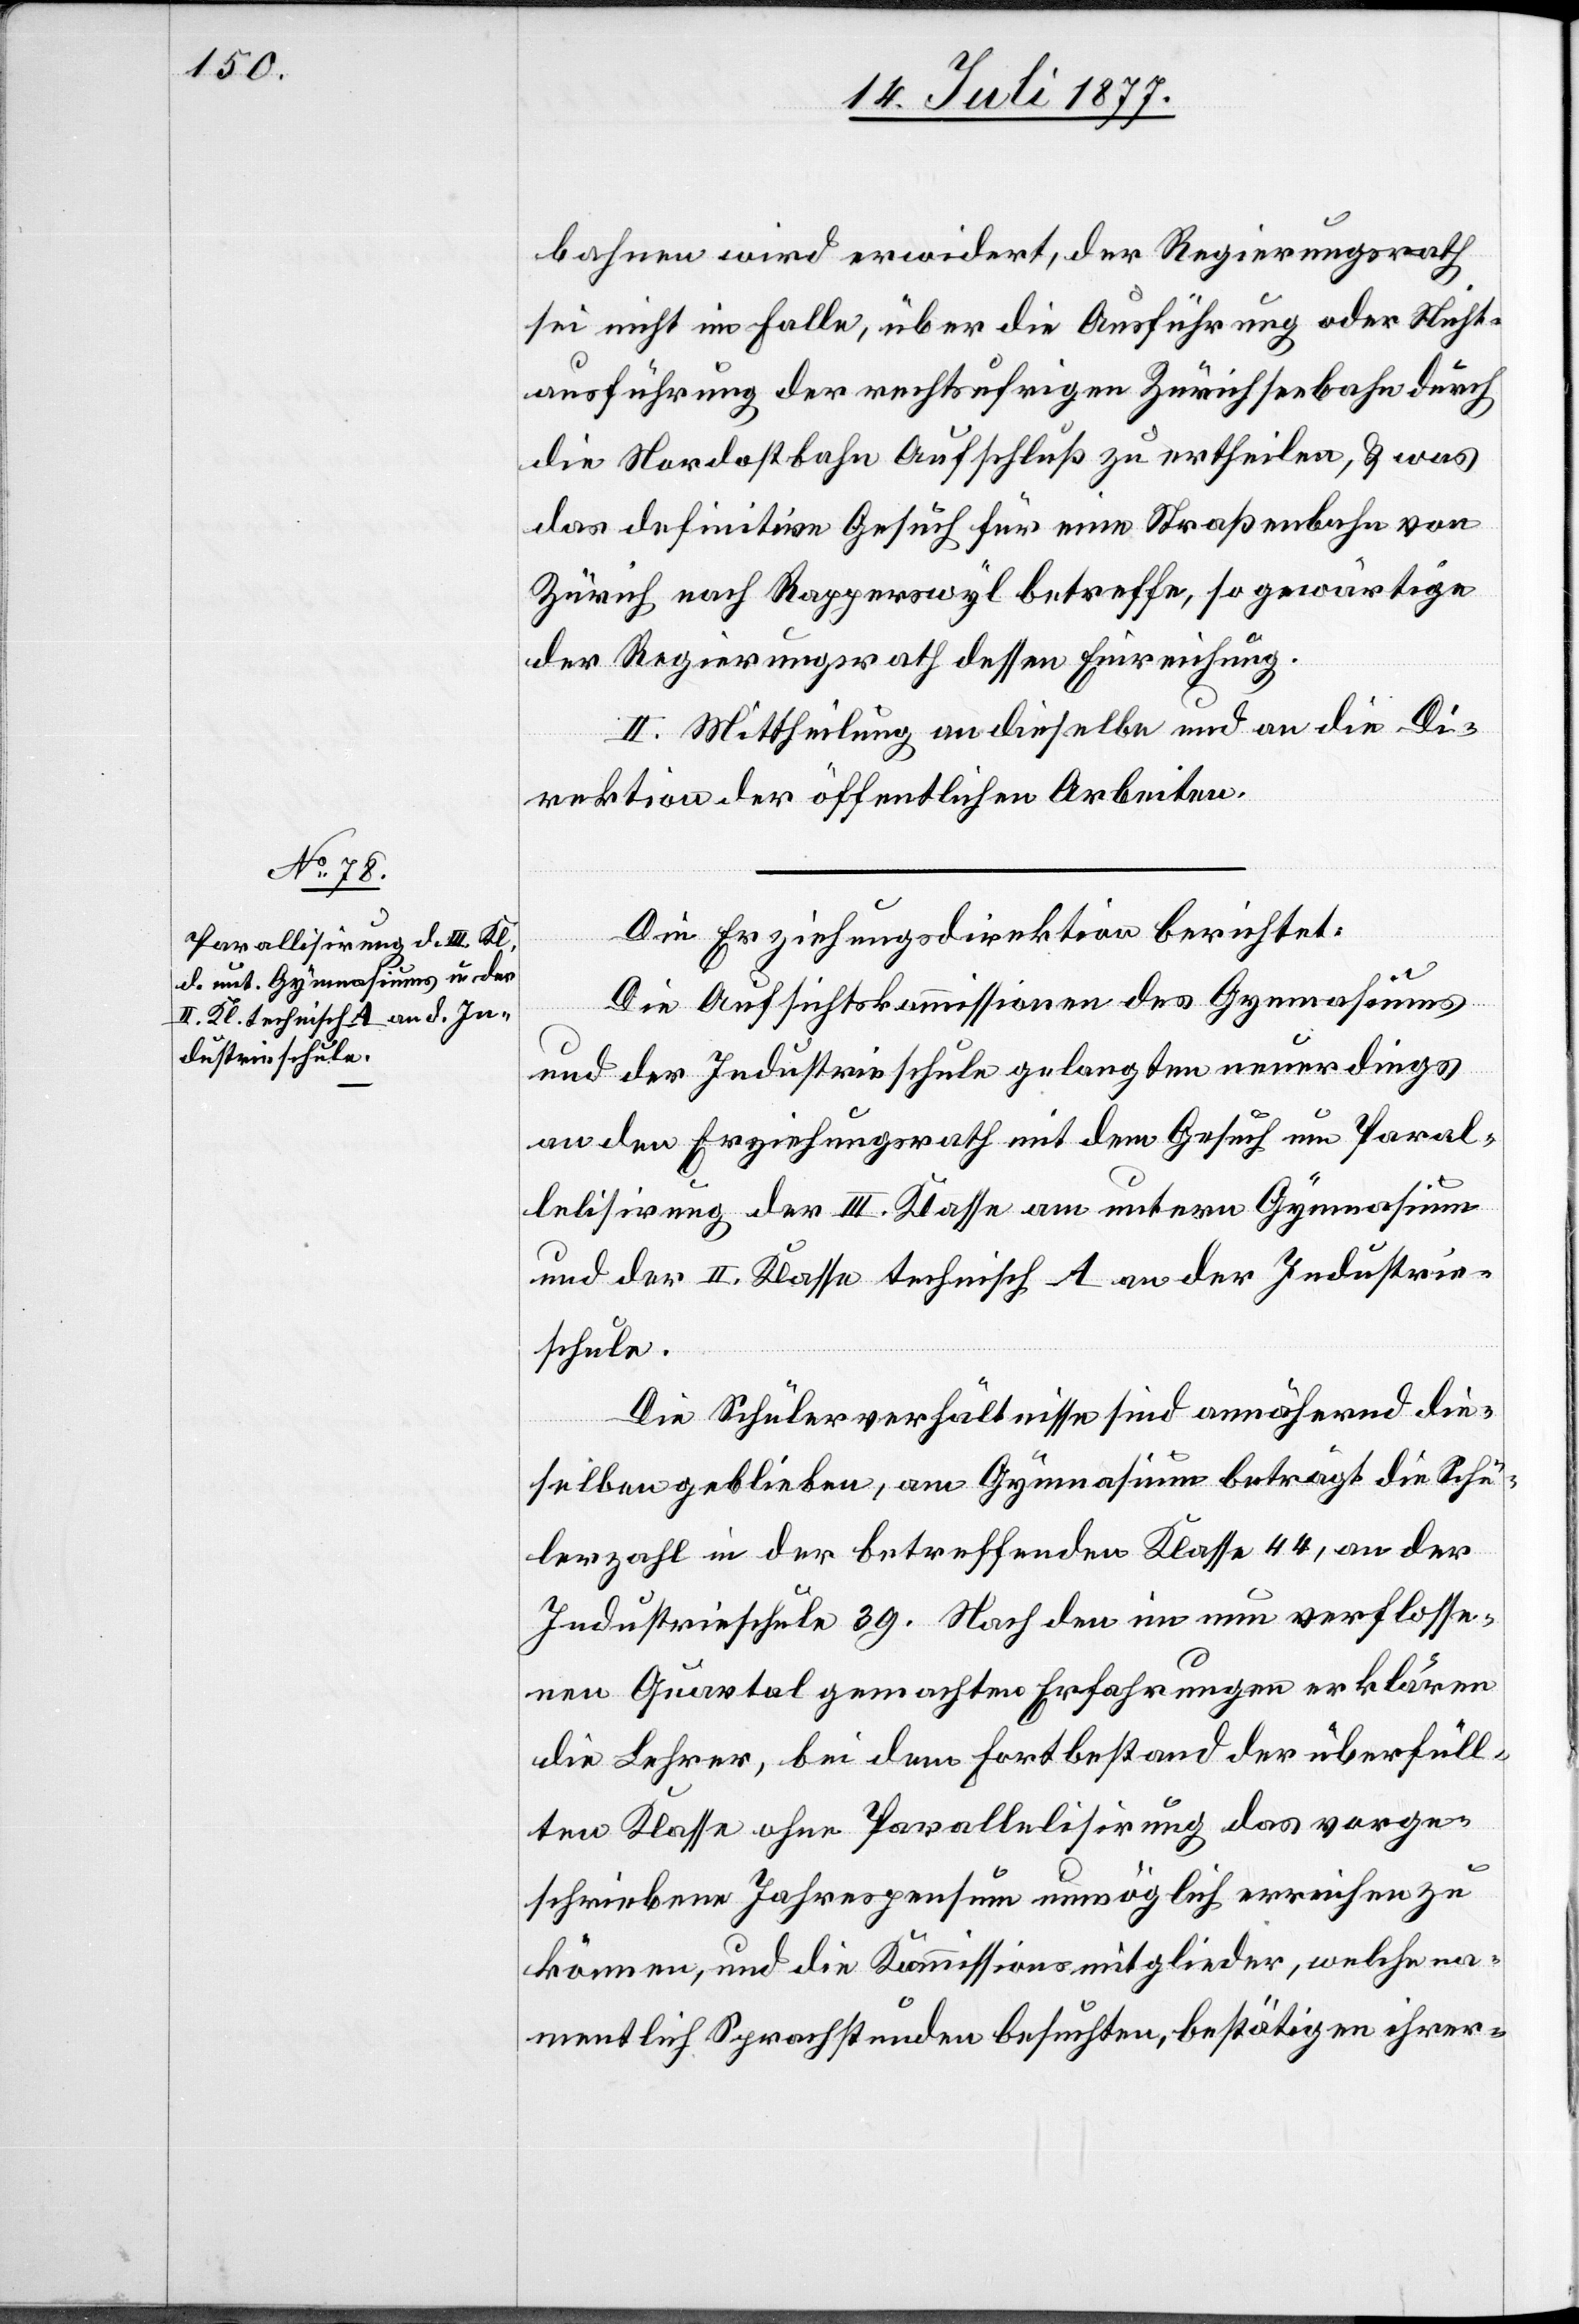
bahnen wird erwidert, der Regierungsrath
sei nicht im Falle, über die Ausführung oder Nicht¬
ausführung der rechtsufrigen Zürichseebahn durch
die Nordostbahn Aufschluß zu ertheilen, & was
das definitive Gesuch für eine Straßenbahn von
Zürich nach Rapperswyl betreffe, so gewärtige
der Regierungsrath dessen Einreichung.
2.] Mittheilung an dieselbe und an die Di¬
rektion der öffentlichen Arbeiten.
Die Erziehungsdirektion berichtet:
Die Aufsichtskommissionen des Gymnasiums
und der Industrieschule gelangten neuerdings
an den Erziehungsrath mit dem Gesuch um Paral¬
lelisirung der III. Klasse am untern Gymnasium
und der II. Klasse technisch A an der Industrie¬
schule.
Die Schülerverhältnisse sind annähernd die¬
selben geblieben, am Gymnasium beträgt die Schü¬
lerzahl in der betreffenden Klasse 44, an der
Industrieschule 39. Nach den im nun verflosse¬
nen Quartal gemachten Erfahrungen erklären
die Lehrer, bei dem Fortbestand der überfüll¬
ten Klasse ohne Parallelisirung das vorge¬
schriebene Jahrespensum unmöglich erreichen zu
können, und die Kommissionsmitglieder, welche na¬
mentlich Sprachstunden besuchten, bestätigen ihrer-